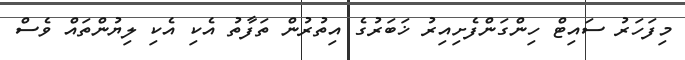
މިފަހަރު ސައިޓް ހިންގަންފެށިއިރު ޚަބަރުގެ އިތުރުން ތަފާތު އެކި އެކި ލިޔުންތައް ވެސް